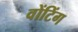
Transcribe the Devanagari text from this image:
वोंटिंग